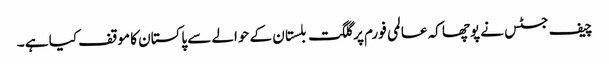
چیف جسٹس نے پوچھا کہ عالمی فورم پر گلگت بلستان کے حوالے سے پاکستان کا موقف کیا ہے ۔